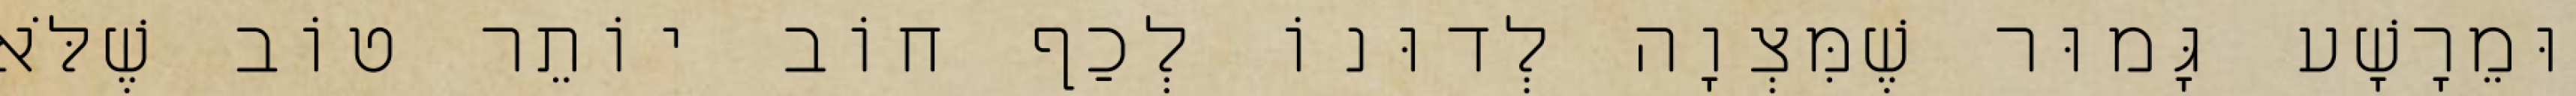
וּמֵרָשָׁע גָּמוּר שֶׁמִּצְוָה לְדוּנוֹ לְכַף חוֹב יוֹתֵר טוֹב שֶׁלֹּא